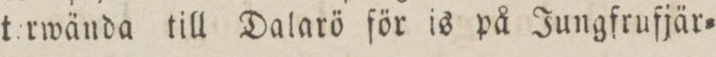
terwända till Dalarö för is på Jungfrufjär=